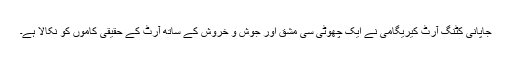
جاپانی کٹنگ آرٹ کیریگامی نے ایک چھوٹی سی مشق اور جوش و خروش کے ساتھ آرٹ کے حقیقی کاموں کو نکالا ہے۔